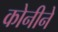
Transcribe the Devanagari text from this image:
कोनीने